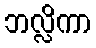
ဘလ္လိကာ